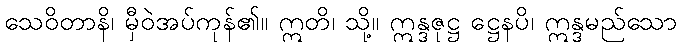
သေဝိတာနိ၊ မှီဝဲအပ်ကုန်၏။ ဣတိ၊ သို့။ ဣန္ဒဇုဋ္ဌ ဋ္ဌေနပိ၊ ဣန္ဒမည်သော